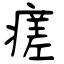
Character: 瘥